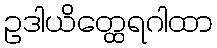
ဥဒါယိတ္ထေရဂါထာ